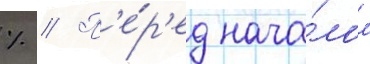
% // П'е́р'ед нача́лом